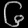
Digit: ၆